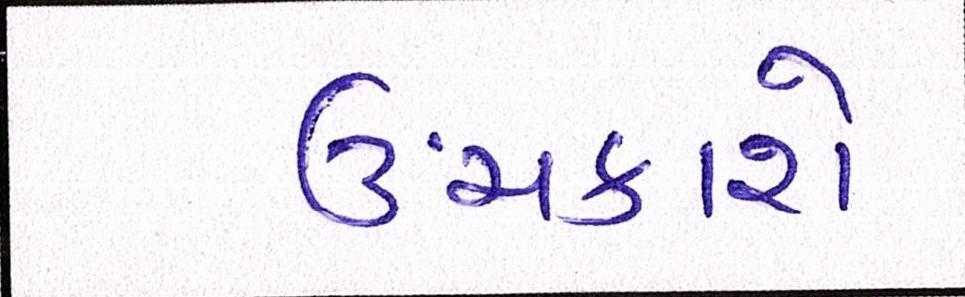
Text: ઉંચકાશે